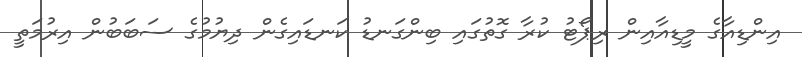
އިންޑިއާގެ މީޑިއާއިން ރިޕޯޓު ކުރާ ގޮތުގައި ބިންގަނޑު ކަނޑައިގެން ދިޔުމުގެ ސަބަބުން އިރުމަތީ